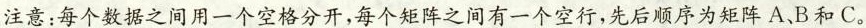
注意：每个数据之间用一个空格分开，每个矩阵之间有一个空行，先后顺序为矩阵A、B和C。